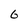
Character: 6